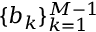
\{ b _ { k } \} _ { k = 1 } ^ { M - 1 }